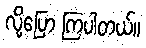
လို့ပြော ကြပါတယ်။